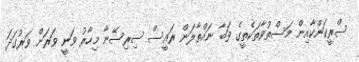
ސްރީކަންކާއިން މަސްތުވާތަކެތީގެ ވަބާ ނައްތާލަން ރައީސް ސިރިސޭނާ މިހާރު ވަނީ ވަރަށް ވަރުގަދަ